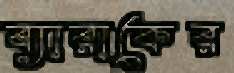
ব্যারাকের